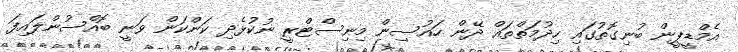
އެމްޑީޕީން ބުނިގޮތުގައި ހިދުމަތްތައް ދޭން ހައުސިން މިނިސްޓްރީ ނުކުޅެދި ކަންކަން ވަނީ ބޮއްސުންލައިފަ